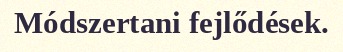
Módszertani fejlődések.